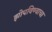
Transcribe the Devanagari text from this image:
झोपविण्याचा